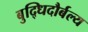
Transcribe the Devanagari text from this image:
बुद्धिदौर्बल्य